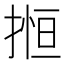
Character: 搄